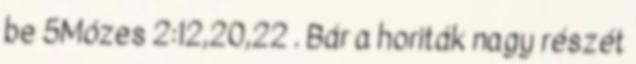
be 5Mózes 2:12,20,22 . Bár a horiták nagy részét